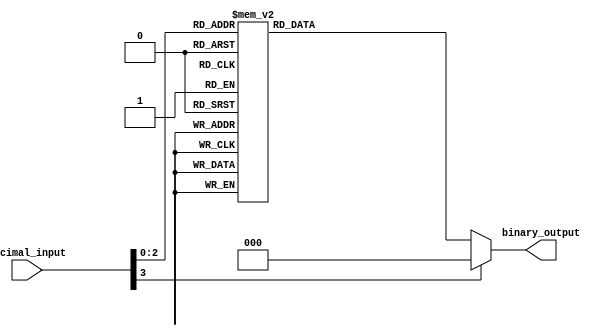
module decimal_priority_encoder (
    input [3:0] decimal_input,
    output reg [2:0] binary_output
);

always @* begin
    case(decimal_input)
        4'b0000: binary_output = 3'b000;
        4'b0001: binary_output = 3'b001;
        4'b0010: binary_output = 3'b010;
        4'b0011: binary_output = 3'b011;
        4'b0100: binary_output = 3'b100;
        4'b0101: binary_output = 3'b101;
        4'b0110: binary_output = 3'b110;
        4'b0111: binary_output = 3'b111;
        default: binary_output = 3'b000;
    endcase
end

endmodule